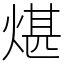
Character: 煁